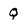
Character: Q